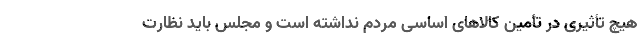
هیچ تأثیری در تأمین کالاهای اساسی مردم نداشته است و مجلس باید نظارت